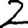
Digit: 2